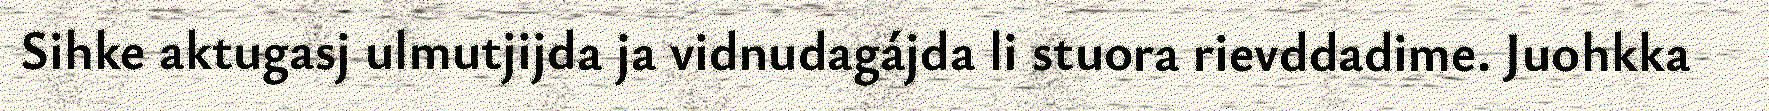
Sihke aktugasj ulmutjijda ja vidnudagájda li stuora rievddadime. Juohkka